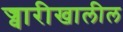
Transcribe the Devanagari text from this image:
ज्वारीखालील